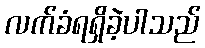
လက်ခံရရှိခဲ့ပါသည်